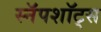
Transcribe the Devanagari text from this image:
स्नॅपशॉट्स